Note on the mental hospitals in Burma - 1925-1940
Year: 1925
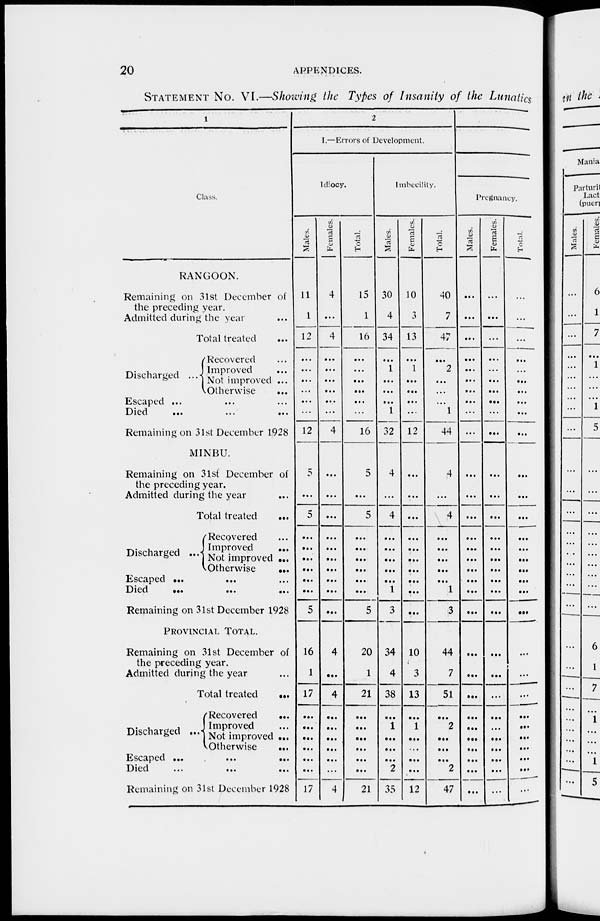
20
APPENDICES.
STATEMENT NO. VI.—Showing the Types of Insanity of the Lunatics
1
Class.
RANGOON.
Remaining on 31st December of
the preceding year.
Admitted during the year ...
Total treated
...
Discharged
...
Recovered ...
Improved ...
Not improved ...
Otherwise
...
Escaped ...
Died
...
...
...
Remaining on 31st December 1928
MINBU.
Remaining on 31st December of
the preceding year.
Admitted during the year
Total treated
...
Discharged
...
Recovered
Improved
...
Not improved ...
Otherwise
...
Escaped ...
Died
...
...
...
Remaining on 31st December 1928
PROVINCIAL TOTAL.
Remaining on 31st December of
the preceding year.
Admitted during the year
Total treated
...
Discharged ...
Recovered
...
Improved ...
Not improved ...
Otherwise
...
Escaped ...
...
...
Died
...
...
...
Remaining on 31st December 1928
2
I.—Errors of Development.
Idiocy.
Males.
11
1
12
...
...
...
...
...
...
12
5
...
5
...
...
...
...
...
...
5
16
1
17
...
...
...
...
...
...
17
Females.
4
...
4
...
...
...
...
...
...
4
...
...
...
...
...
...
...
...
...
...
4
...
4
...
...
...
...
...
...
4
Total.
15
1
16
...
...
...
...
...
...
16
5
...
5
...
...
...
...
...
...
5
20
1
21
...
...
...
...
...
...
21
Imbecility.
Males.
30
4
34
...
1
...
...
...
1
32
4
...
4
...
...
...
...
...
1
3
34
4
38
...
1
...
...
...
2
35
Females.
10
3
13
...
1
...
...
...
...
12
...
...
...
...
...
...
...
...
...
...
10
3
13
...
1
...
...
...
...
12
Total.
40
7
47
...
2
...
...
...
1
44
4
...
4
...
...
...
...
...
1
3
44
7
51
...
2
...
...
...
2
47
Pregnancy.
Males.
...
...
...
...
...
...
...
...
...
...
...
...
...
...
...
...
...
...
...
...
...
...
...
...
...
...
...
...
...
...
Females.
...
...
...
...
...
...
...
...
...
...
...
...
...
...
...
...
...
...
...
...
...
...
...
...
...
...
...
...
...
...
Total.
...
...
...
...
...
...
...
...
...
...
...
...
...
...
...
...
...
...
...
...
...
...
...
...
...
...
...
...
...
...